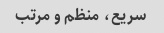
سریع، منظم و مرتب